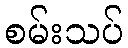
စမ်းသပ်